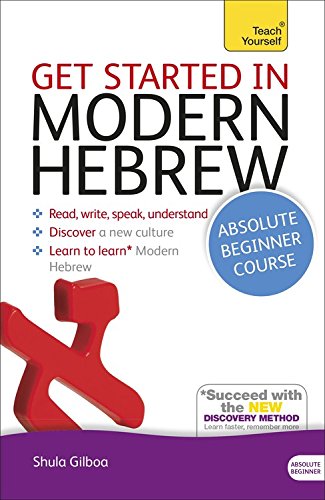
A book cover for Get Started in Modern Hebrew Absolute Beginner Course: The essential introduction to reading, writing, speaking and understanding a new language (Teach Yourself Language); Shula Gilboa; Travel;